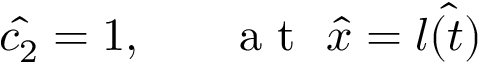
\hat { c _ { 2 } } = 1 , ~ ~ ~ ~ ~ \mathrm { ~ a ~ t ~ } ~ \hat { x } = \hat { l ( t ) }